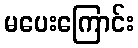
မပေးကြောင်း